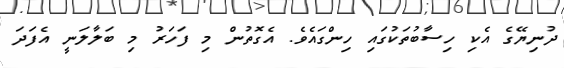
ދުނިޔޭގެ އެކި ހިސާބުތަކުގައި ހިންގައެވެ. އެގޮތުން މި ފަހަރު މި ބަލާލަނީ އެފަދަ